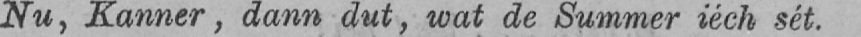
Nu, Kanner, dann dut, wat de Summer iéch sét.